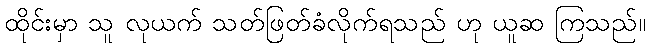
ထိုင်းမှာ သူ လုယက် သတ်ဖြတ်ခံလိုက်ရသည် ဟု ယူဆ ကြသည်။